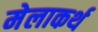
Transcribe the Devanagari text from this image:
मेलाकर्थ